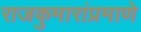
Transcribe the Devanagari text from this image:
राजकुमारांप्रमाणे